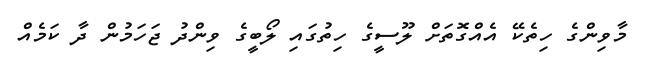
މާވިންގެ ހިތެކޭ އެއްގޮތަށް ލޫސީގެ ހިތުގައި ލޯބީގެ ވިންދު ޖަހަމުން ދާ ކަމެއް